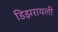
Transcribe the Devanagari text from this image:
डिझरायली